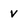
Character: v